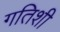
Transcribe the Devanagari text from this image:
गतिशी